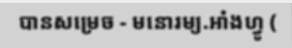
បានសម្រេច - មនោរម្យ.អាំងហ្វូ (